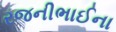
રજનીભાઈના